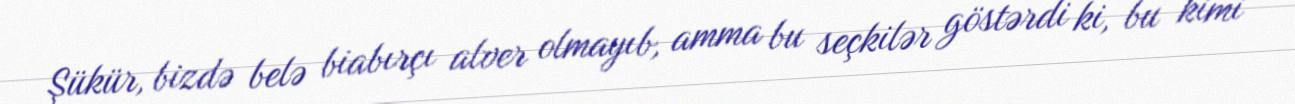
Şükür, bizdə belə biabırçı alver olmayıb, amma bu seçkilər göstərdi ki, bu kimi